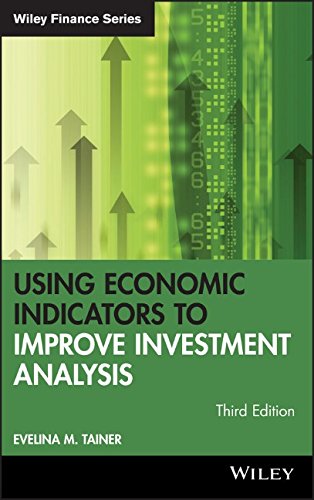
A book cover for Using Economic Indicators to Improve Investment Analysis, Third Edition; Evelina M. Tainer; Business & Money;